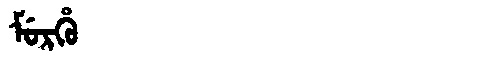
Manchu: ᠮᡠᡵᡥᡠ
Romanization: MURHU